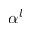
\alpha ^ { l }